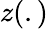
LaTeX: z(.)